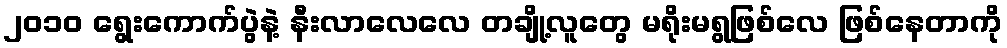
၂ဝ၁ဝ ရွေးကောက်ပွဲနဲ့ နီးလာလေလေ တချို့လူတွေ မရိုးမရွဖြစ်လေ ဖြစ်နေတာကို